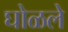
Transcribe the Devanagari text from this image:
घोळले